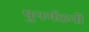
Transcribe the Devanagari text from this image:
पुनर्गठनों